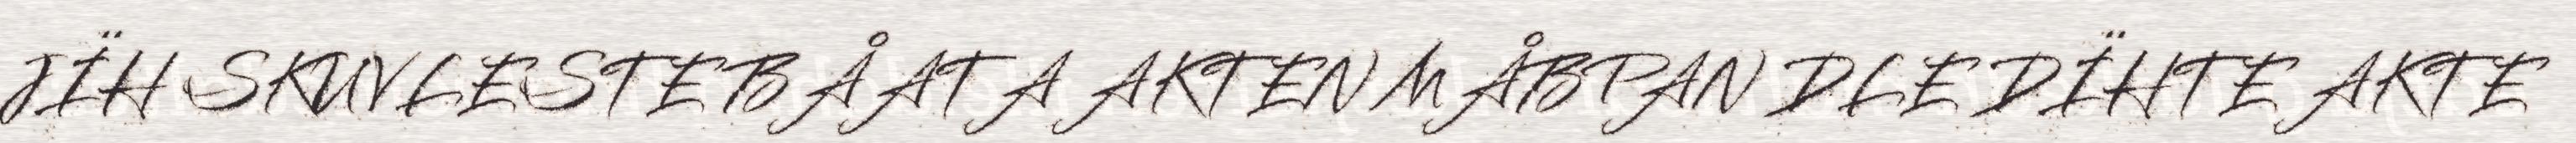
JÏH SKUVLESTE BÅATA AKTEN MÅBPAN DLE DÏHTE AKTE